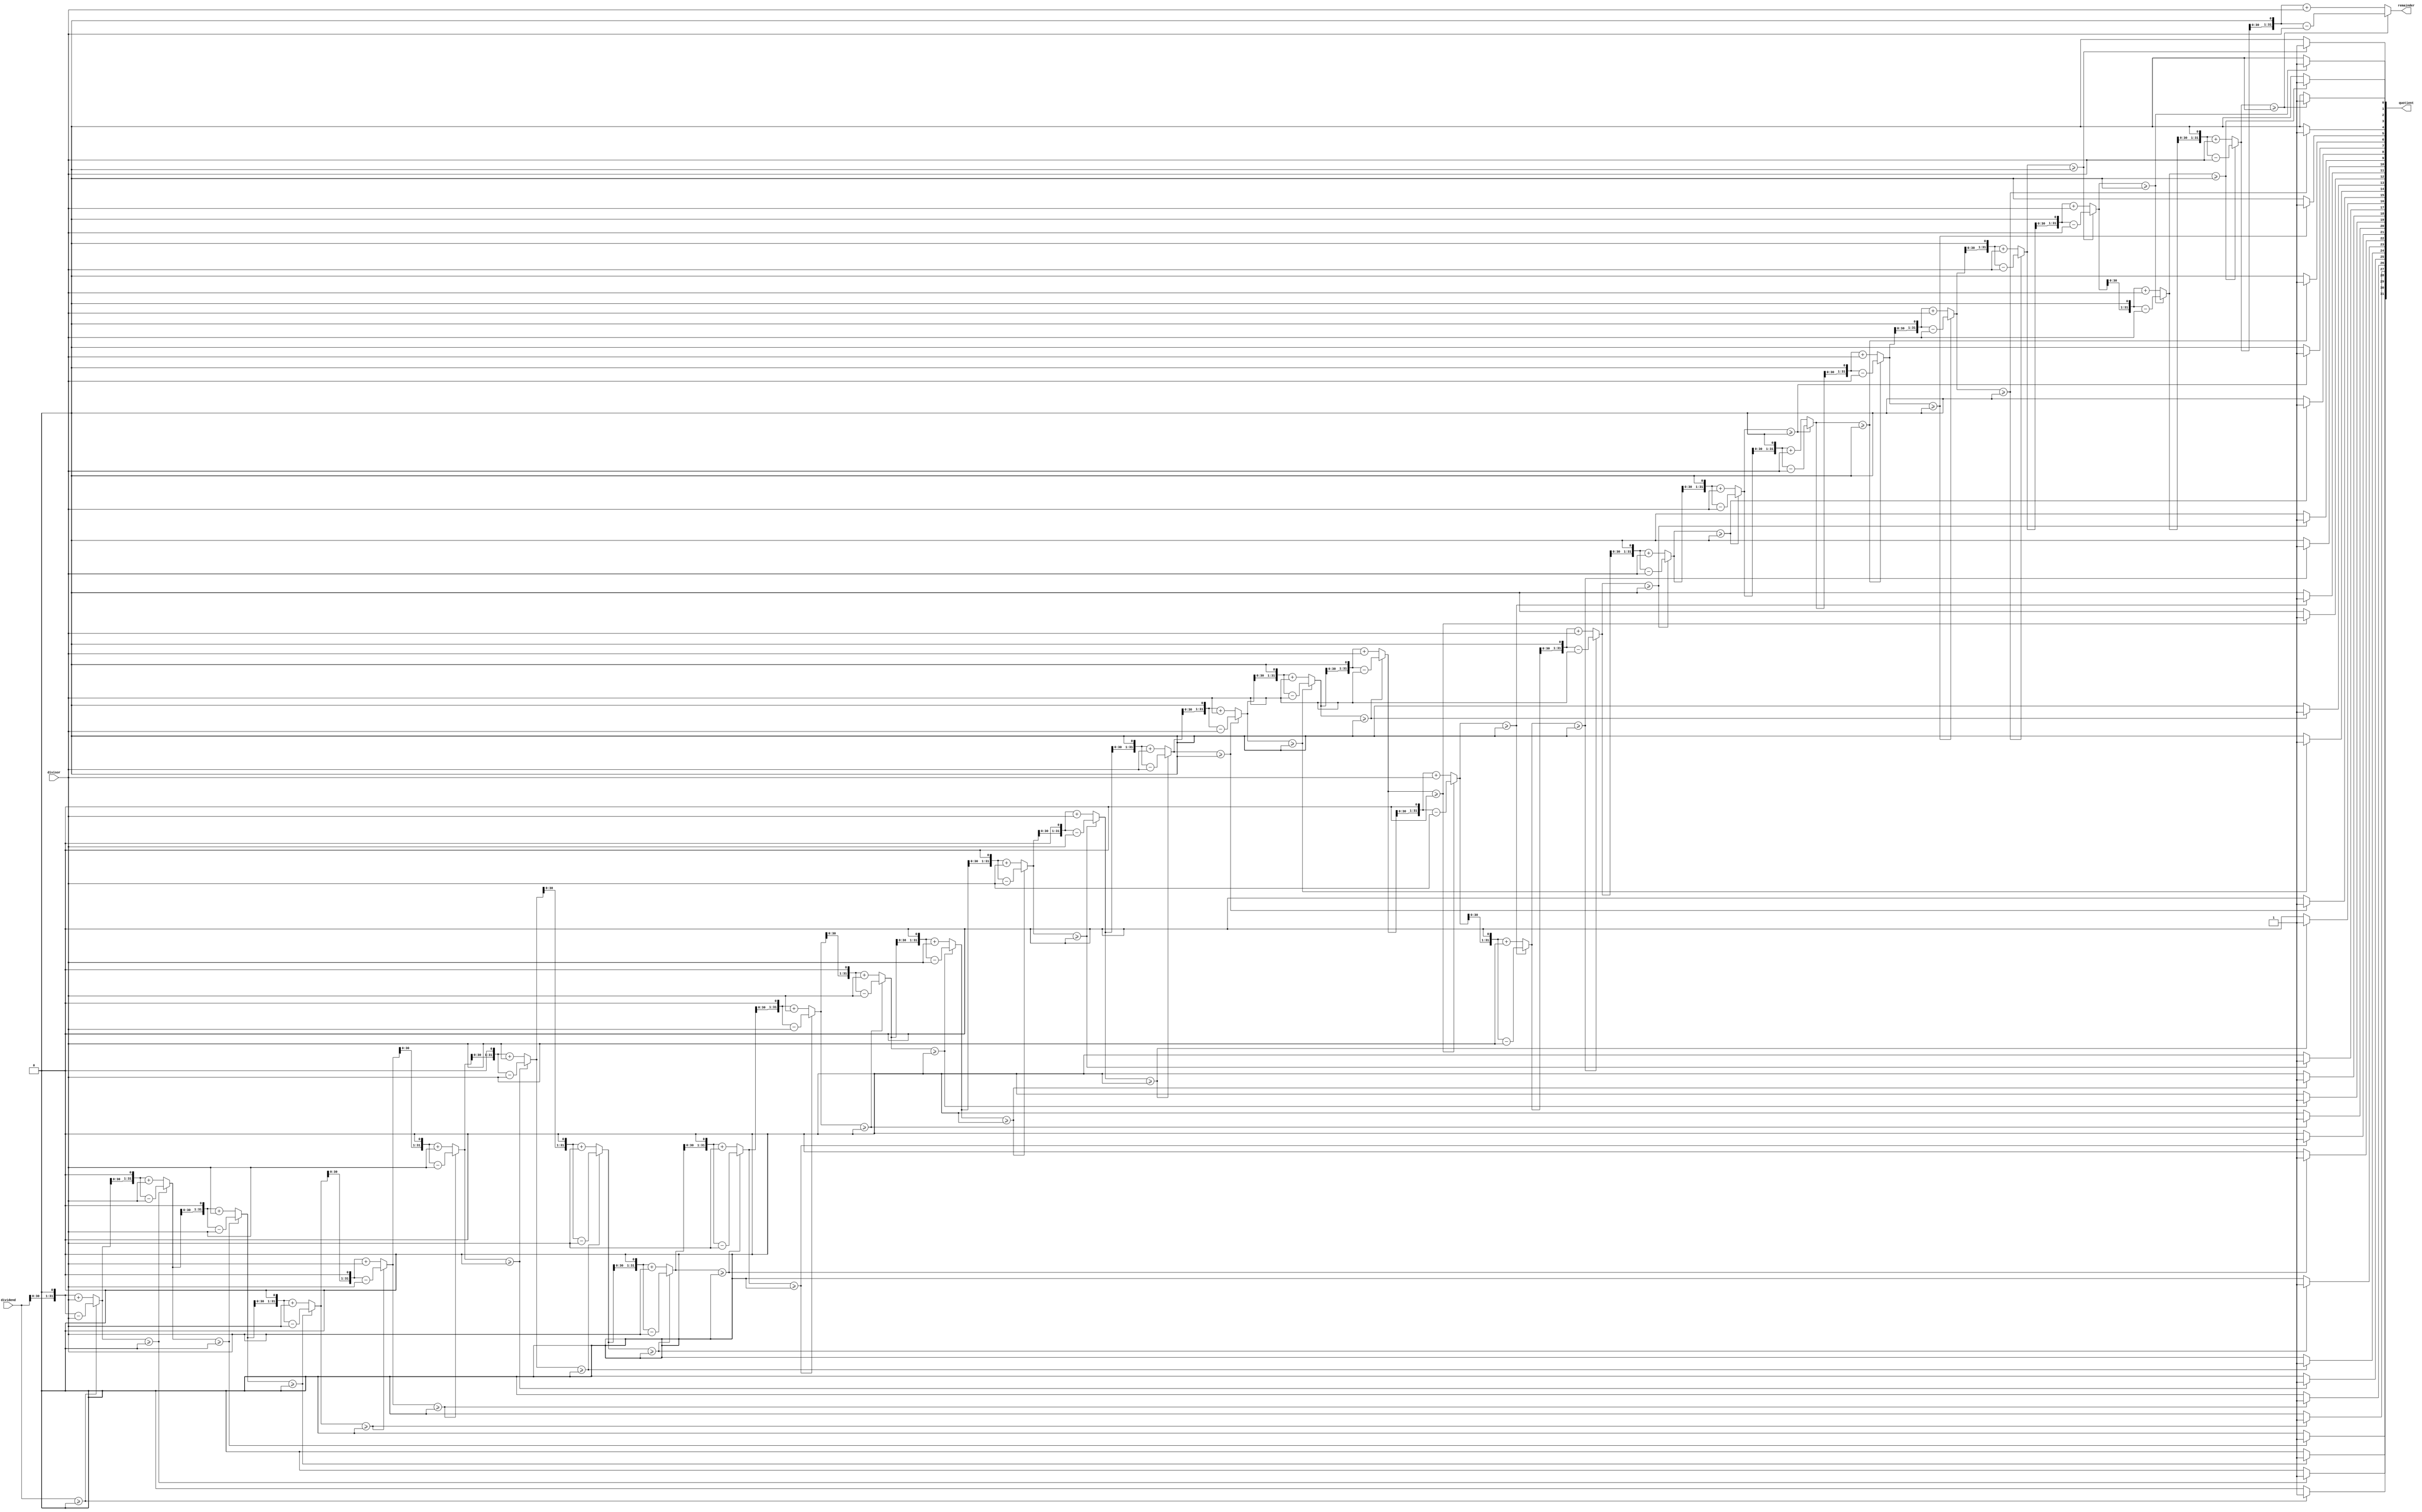
module shift_and_subtract_divider(
    input signed [31:0] dividend,
    input signed [31:0] divisor,
    output reg signed [31:0] quotient,
    output reg signed [31:0] remainder
);

reg signed [31:0] shift_reg;
reg [31:0] iteration_count;

always @(*) begin
    // Initialize variables
    quotient = 0;
    remainder = dividend;

    // Perform shift and subtract division
    for(iteration_count=0; iteration_count<32; iteration_count=iteration_count+1) begin
        if(remainder >= 0) begin
            shift_reg = remainder << 1;
            remainder = shift_reg - divisor;
            quotient[31-iteration_count] = 1;
        end else begin
            shift_reg = remainder << 1;
            remainder = shift_reg + divisor;
            quotient[31-iteration_count] = 0;
        end
    end
end

endmodule